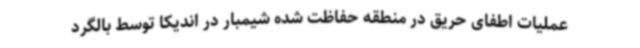
عملیات اطفای حریق در منطقه حفاظت شده شیمبار در اندیکا توسط بالگرد